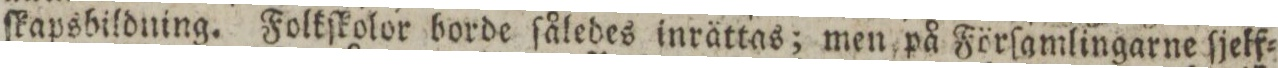
ſkapsbildning. Folkſkolor borde ſåledes inrättas; men på Förſamlingarne ſjelf=